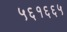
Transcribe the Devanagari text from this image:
५६१६६५